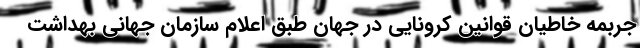
جربمه خاطیان قوانین کرونایی در جهان طبق اعلام سازمان جهانی بهداشت